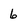
Character: 6